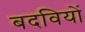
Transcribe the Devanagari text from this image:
बदवियों